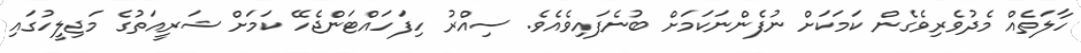
ހާލަތެއް މެދުވެރިވެގެން ކަމަކަށް ނުފެންނަކަމަށް ބުނެފައިވެއެވެ. ސިއްރު ހިފަހައްޓަންޖެހޭ ކަމަށް ޝަރީއަތުގެ މަޖިލީހުގައި